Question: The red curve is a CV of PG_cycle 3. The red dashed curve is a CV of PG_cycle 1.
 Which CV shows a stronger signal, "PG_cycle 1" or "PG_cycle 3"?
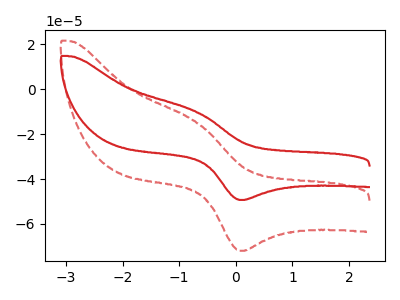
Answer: <think>The red curve "PG_cycle 3" has an anodic peak at (-0.70V, -10.05uA) and a cathodic peak at (0.10V, -49.30uA). The red dashed curve "PG_cycle 1" has an anodic peak at (-0.70V, -14.70uA) and a cathodic peak at (0.10V, -71.95uA).
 All the peaks in "PG_cycle 1" have a peak in "PG_cycle 3" at the same potential.</think>
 <answer>I cant tell if "PG_cycle 1" or "PG_cycle 3" has more signal.</answer>
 <eval>mixed_signal</eval>